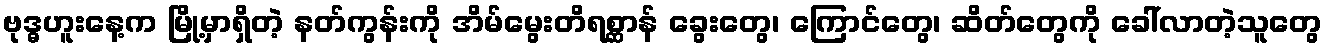
ဗုဒ္ဓဟူးနေ့က မြို့မှာရှိတဲ့ နတ်ကွန်းကို အိမ်မွေးတိရစ္ဆာန် ခွေးတွေ၊ ကြောင်တွေ၊ ဆိတ်တွေကို ခေါ်လာတဲ့သူတွေ